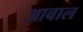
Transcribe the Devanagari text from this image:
आबाल